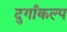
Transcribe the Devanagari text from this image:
दुर्गाकल्प